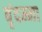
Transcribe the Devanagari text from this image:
बृंदम्मा